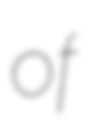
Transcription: of